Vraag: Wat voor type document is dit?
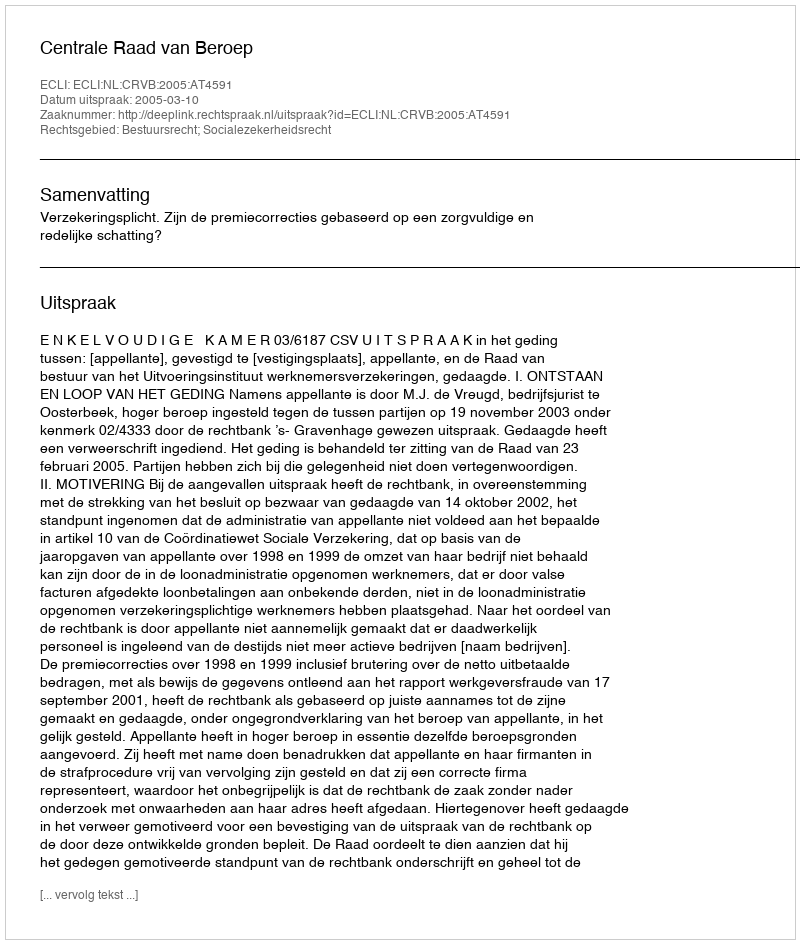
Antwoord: Uitspraak